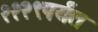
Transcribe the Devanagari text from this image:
११२९पर्यंत